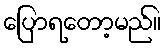
ပြောရတော့မည်။